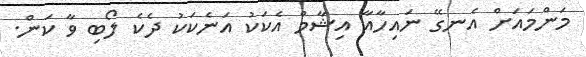
މަންމައަށް އެނގޭ ނައިހާއާ އިޝާމް އެކަކު އަނެކަކު ދެކެ ލޯބި ވާ ކަން.